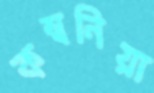
কম্বনিয়া